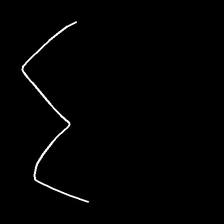
Glyph: crush